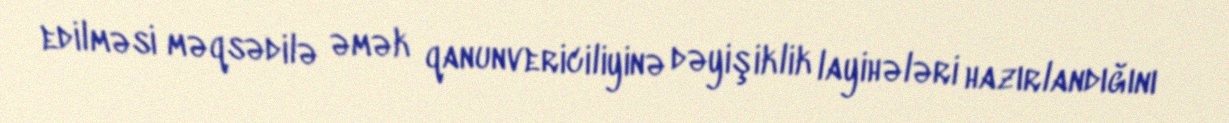
edilməsi məqsədilə əmək qanunvericiliyinə dəyişiklik layihələri hazırlandığını